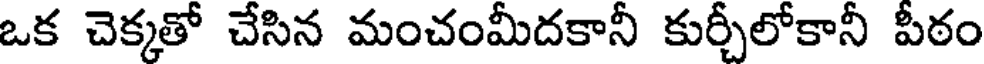
ఒక చెక్కతో చేసిన మంచంమీదకానీ కుర్చీలోకానీ పీఠం